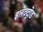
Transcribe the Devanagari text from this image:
इलेवट्रोड